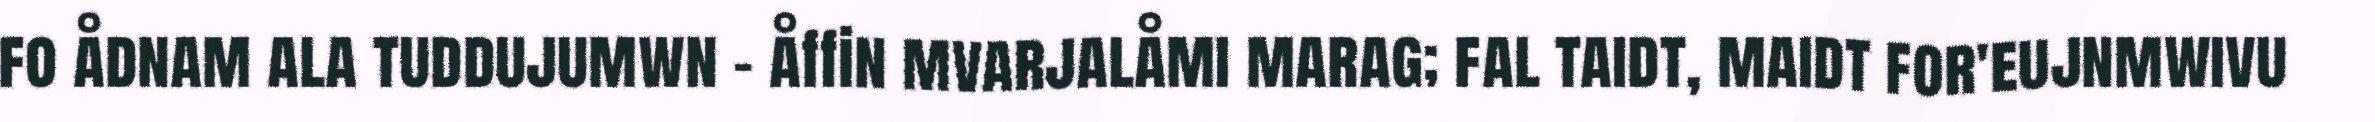
fo ådnam ala tuddujumwn - åffin mvarjalåmi marag; fal taidt, maidt for'eujnmwivu